Vaccination in the Punjab 1905-1918 - 1905-1918
Year: 1905
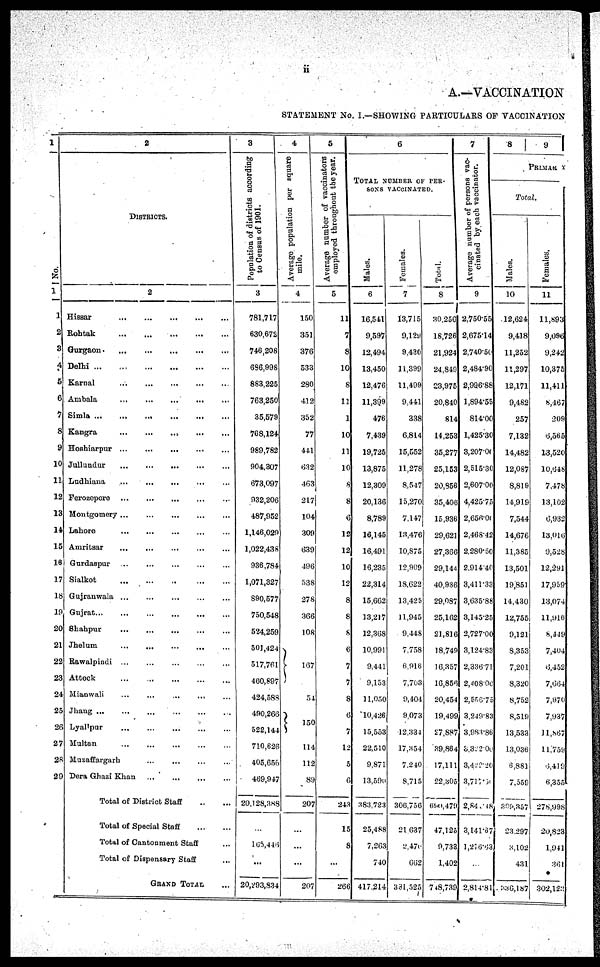
ii
A.—VACCINATION
STATEMENT No. I.—SHOWING PARTICULARS OF VACCINATION
1
No.
1
1
2
3
4
5
6
7
8
9
10
11
12
13
14
15
16
17
18
19
20
21
22
23
24
25
26
27
28
29
2
DISTRICTS.
2
Hissar
...
...
...
...
...
...
Rohtak
...
...
...
...
...
...
Gurgaon ... ... ... ... ... ...
Delhi
...
...
...
...
...
...
Karnal
...
...
...
...
...
...
Ambala
...
...
...
...
...
...
Simla
...
...
...
...
...
...
Kangra
...
...
...
...
...
...
Hoshiarpur
...
...
...
...
...
Jullundur
...
...
...
...
...
Ludhiana
...
...
...
...
...
Ferozepore
...
...
...
...
...
Montgomery ... ... ... ... ...
Lahore ... ... ... ... ... ...
Amritsar
...
...
...
...
...
...
Gurdaspur ... ... ... ... ...
Sialkot ... ... ... ... ... ...
Gujranwala
...
...
...
...
...
Gujrat
...
...
...
...
...
...
Shahpur
...
...
...
...
...
Jhelum
...
...
...
...
...
Rawalpindi
...
...
...
...
...
Attock ... ... ... ... ...
Mianwali
...
...
...
...
...
Jhaug ... ... ... ... ...
Lyallpur ... ... ... ... ...
Multan
...
...
...
...
...
Muzaffargarh
...
...
...
Dera Ghazi Khan
...
...
...
Total of District Staff
...
...
Total of Special Staff
...
...
Total of Cantonment Staff ...
Total of Dispensary Staff ...
GRAND TOTAL ...
3
Population of districts according
to Census of 1901.
3
781,717
630,672
746,208
686,998
883,225
763,250
35,579
768,124
989,782
904,307
673,097
932,206
487,952
1,146,029
1,022,438
936,784
1,071,327
890,577
750,548
524,259
501,424
517,761
460,897
424,588
490,266
522,144
710,626
405,656
469,947
20,128,388
...
165,446
...
20,293,834
4
Average population per square
mile.
4
150
351
376
533
280
412
352
77
441
632
463
217
104
309
639
496
538
278
366
108
167
54
150
114
112
89
207
...
...
...
207
5
Average number of vaccinators
employed throughout the year.
5
11
7
8
10
8
11
1
10
11
10
8
8
6
12
12
10
12
8
8
8
6
7
7
8
6
7
12
5
6
243
15
8
...
266
6
TOTAL NUMBER OF PER-
SONS VACCINATED.
Males.
6
16,541
9,597
12,494
13,450
12,476
11,399
476
7,439
19,725
13,875
12,309
20,136
8,789
16,145
16,491
16,235
22,314
15,662
13,217
12,368
10,991
9,441
9,153
11,050
10,426
15,553
22,510
9,871
13,590
383,723
25,488
7,263
740
417,214
Females.
7
13,715
9,129
9,430
11,399
11,499
9,441
338
6,814
15,552
11,278
8,547
15,270
7,147
13,476
10,875
12,909
18,622
13,425
11,945
9,448
7,758
6,916
7,703
9,404
9,073
12,334
17,354
7,240
8,715
306,756
21,637
2,470
662
331,525
Total.
8
30,256
18,726
21,924
24,849
23,975
20,840
814
14,253
35,277
25,153
20,856
35,406
15,936
29,621
27,366
29,144
40,936
29,087
25,162
21,816
18,749
16,357
16,856
20,454
19,499
27,887
39,864
17,111
22,305
690,479
47,125
9,733
1,402
748,739
7
Average number of persons vac-
cinated by each vaccinator.
9
2,750.55
2,675.14
2,740.50
2,484.90
2,996.88
1,894.55
814.00
1,425.30
3,207.00
2,515.30
2,607.00
4,425.75
2,656.00
2,468.42
2,280.50
2,914.40
3,411.33
3,635.88
3,145.25
2,727.00
3,124.83
2,336.71
2,408.00
2,556.75
3,249.83
3,983.86
3,322.00
3,422.20
3,717.50
2,84,148
3,141.67
1,216.63
...
2,814.81
8 9
PRIMARY
Total.
Males.
10
12,624
9,418
11,252
11,297
12,171
9,482
257
7,132
14,482
12,087
8,819
14,919
7,544
14,676
11,385
13,501
19,851
14,430
12,755
9,121
8,353
7,201
8,320
8,752
8,519
13,533
13,036
6,881
7,559
309,357
23,297
3,102
431
336,187
Females.
11
11,893
9,096
9,242
10,375
11,411
8,467
209
6,565
13,520
10,648
7,478
13,102
6,932
13,016
9,528
12,291
17,959
13,074
11,916
8,449
7,404
6,452
7,664
7,970
7,937
11,867
11,759
6,419
6,355
278,998
20,823
1,941
361
302,123